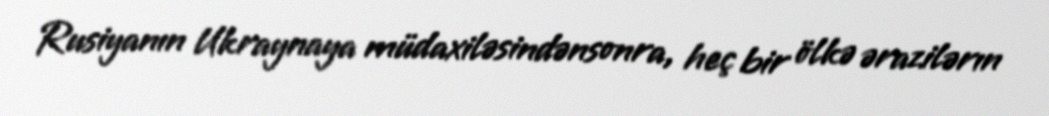
Rusiyanın Ukraynaya müdaxiləsindənsonra, heç bir ölkə ərazilərın